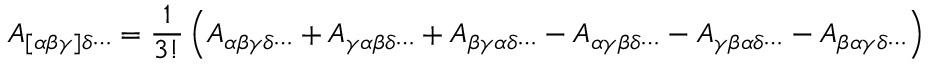
A _ { [ \alpha \beta \gamma ] \delta \cdots } = { \frac { 1 } { 3 ! } } \left( A _ { \alpha \beta \gamma \delta \cdots } + A _ { \gamma \alpha \beta \delta \cdots } + A _ { \beta \gamma \alpha \delta \cdots } - A _ { \alpha \gamma \beta \delta \cdots } - A _ { \gamma \beta \alpha \delta \cdots } - A _ { \beta \alpha \gamma \delta \cdots } \right)